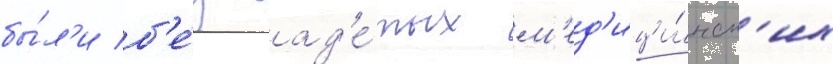
бы́л'и б'е́з над'е́тых м'ед'ици́нск'их